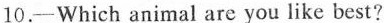
10.—Which animal are you like best?